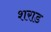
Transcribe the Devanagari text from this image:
शराड